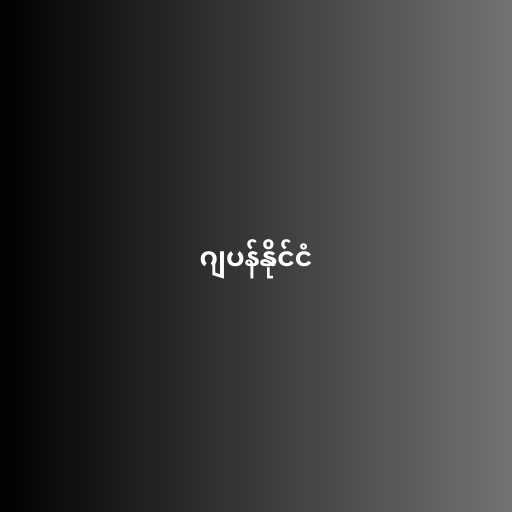
ဂျပန်နိုင်ငံ